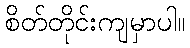
စိတ်တိုင်းကျမှာပါ။